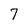
Character: 7